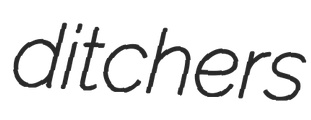
ditchers